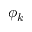
\phi _ { k }